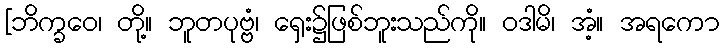
[ဘိက္ခဝေ၊ တို့။ ဘူတပုဗ္ဗံ၊ ရှေး၌ဖြစ်ဘူးသည်ကို။ ဝဒါမိ၊ အံ့။ အရကော